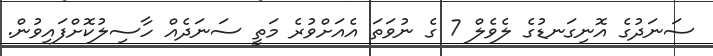
ސަނަދުގެ އޮނިގަނޑުގެ ލެވެލް 7 ގެ ނުވަތަ އެއަށްވުރެ މަތީ ސަނަދެއް ހާސިލުކޮށްފައިވުން.